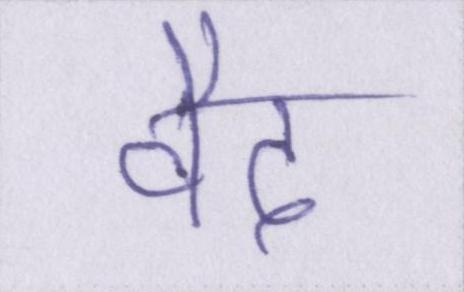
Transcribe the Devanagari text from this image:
वैद